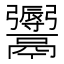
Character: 𩱨